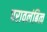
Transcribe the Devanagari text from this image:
परावलंबित्व